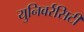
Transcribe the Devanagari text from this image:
युनिवर्रसिटी